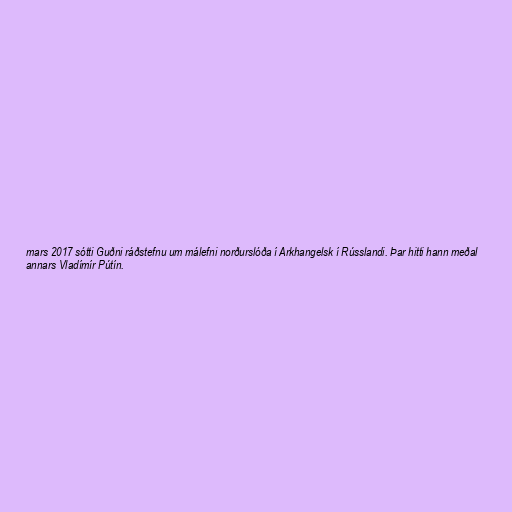
mars 2017 sótti Guðni ráðstefnu um málefni norðurslóða í Arkhangelsk í Rússlandi. Þar hitti hann meðal
annars Vladímír Pútín.